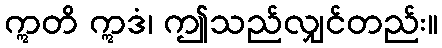
ဣတိ ဣဒံ၊ ဤသည်လျှင်တည်း။